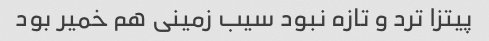
پیتزا ترد و تازه نبود سیب زمینی هم خمیر بود